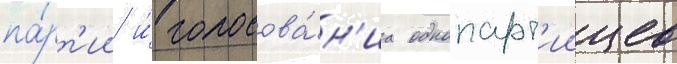
па́рт'ии и́ голосова́н'иа однопарт'иицев